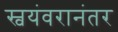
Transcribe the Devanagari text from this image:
स्वयंवरानंतर